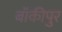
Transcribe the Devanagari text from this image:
बॉकीपुर